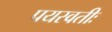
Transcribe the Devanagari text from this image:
पयस्वतीः